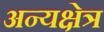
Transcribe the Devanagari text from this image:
अन्यक्षेत्र